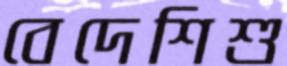
বেদেশিশু